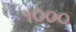
૧૦૦૦